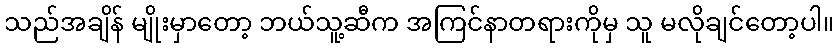
သည်အချိန် မျိုးမှာတော့ ဘယ်သူ့ဆီက အကြင်နာတရားကိုမှ သူ မလိုချင်တော့ပါ။